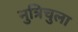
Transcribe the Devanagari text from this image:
नुत्रिचुला